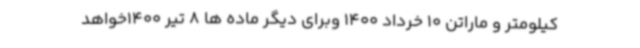
کیلومتر و ماراتن 10 خرداد 1400 وبرای دیگر ماده ها 8 تیر 1400خواهد